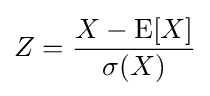
Z={X-\operatorname {E} [X] \over \sigma (X)}